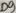
Text: D9